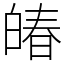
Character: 㿤